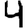
Digit: 4